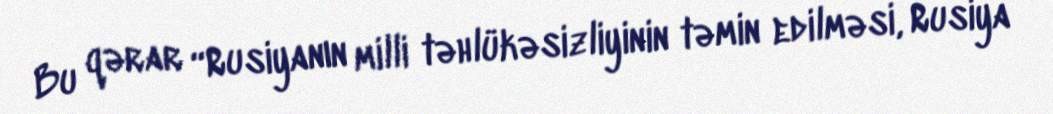
Bu qərar “Rusiyanın milli təhlükəsizliyinin təmin edilməsi, Rusiya